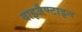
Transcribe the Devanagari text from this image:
बाइजैण्टाइन